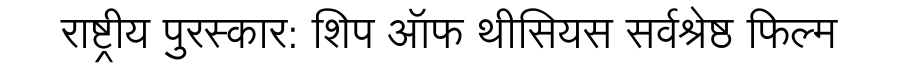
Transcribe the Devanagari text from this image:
राष्ट्रीय पुरस्कार: शिप ऑफ थीसियस सर्वश्रेष्ठ फिल्म